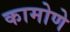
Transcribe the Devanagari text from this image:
कामोणे